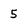
Character: 5